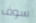
سوف